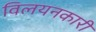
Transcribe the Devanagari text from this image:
विलयनकारी